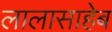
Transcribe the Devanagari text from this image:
लालासाहेब